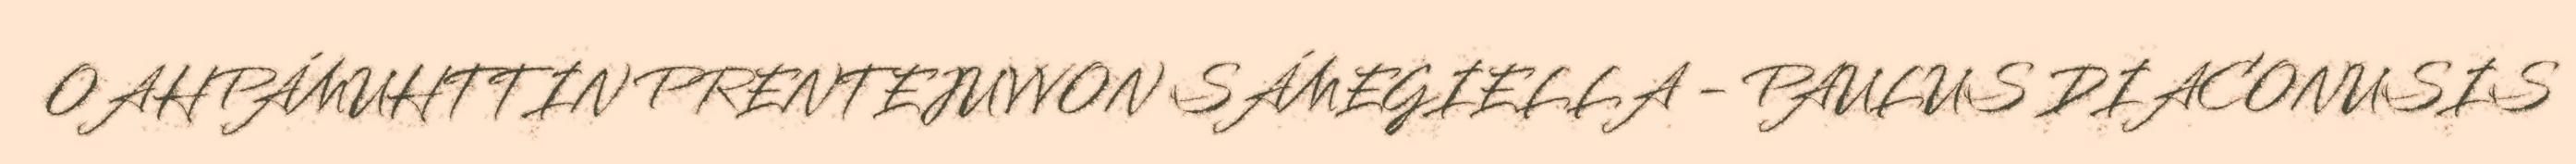
OAHPÁMUHTTIN PRENTEJUVVON SÁMEGIELLA - PAULUS DIACONUSIS